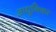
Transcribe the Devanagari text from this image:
आधुनिका